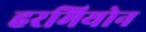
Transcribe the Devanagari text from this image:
हरमियोन